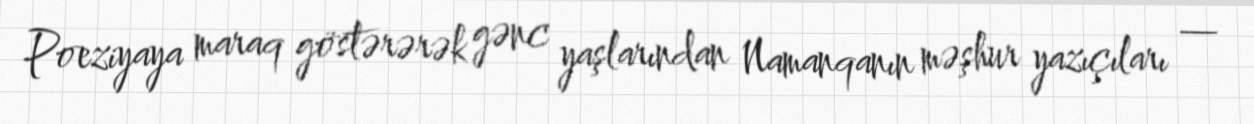
Poeziyaya maraq göstərərək gənc yaşlarından Namanqanın məşhur yazıçıları —